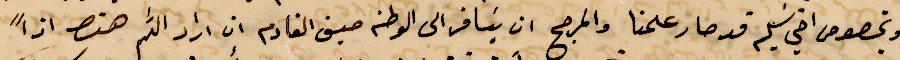
وبخصوص اخي سليم قد صار علمنا والمرجح ان يسافر الى الوطن صيف القادم ان أراد الله هنا اذًا